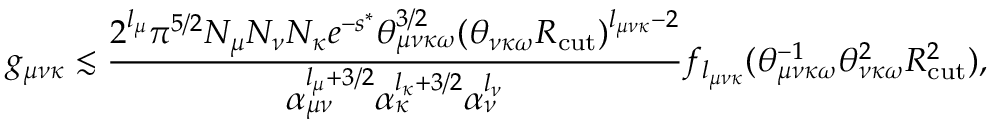
g _ { \mu \nu \kappa } \lesssim \frac { 2 ^ { l _ { \mu } } \pi ^ { 5 / 2 } N _ { \mu } N _ { \nu } N _ { \kappa } e ^ { - s ^ { * } } \theta _ { \mu \nu \kappa \omega } ^ { 3 / 2 } ( \theta _ { \nu \kappa \omega } R _ { \mathrm { c u t } } ) ^ { l _ { \mu \nu \kappa } - 2 } } { \alpha _ { \mu \nu } ^ { l _ { \mu } + 3 / 2 } \alpha _ { \kappa } ^ { l _ { \kappa } + 3 / 2 } \alpha _ { \nu } ^ { l _ { \nu } } } f _ { l _ { \mu \nu \kappa } } ( \theta _ { \mu \nu \kappa \omega } ^ { - 1 } \theta _ { \nu \kappa \omega } ^ { 2 } R _ { \mathrm { c u t } } ^ { 2 } ) ,